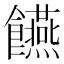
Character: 𮩘